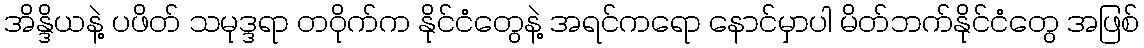
အိန္ဒိယနဲ့ ပဖိတ် သမုဒ္ဒရာ တဝိုက်က နိုင်ငံတွေနဲ့ အရင်ကရော နောင်မှာပါ မိတ်ဘက်နိုင်ငံတွေ အဖြစ်